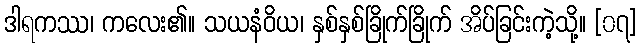
ဒါရကဿ၊ ကလေး၏။ သယနံဝိယ၊ နှစ်နှစ်ခြိုက်ခြိုက် အိပ်ခြင်းကဲ့သို့။ [၀၇]